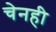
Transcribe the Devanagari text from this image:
चेनही